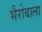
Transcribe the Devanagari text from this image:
भैरोबाला